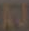
AU